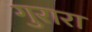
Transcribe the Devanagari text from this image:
गुरारा